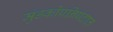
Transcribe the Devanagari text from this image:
मुंडकोपनिषदात